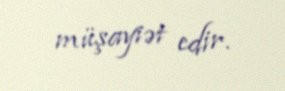
müşayiət edir.